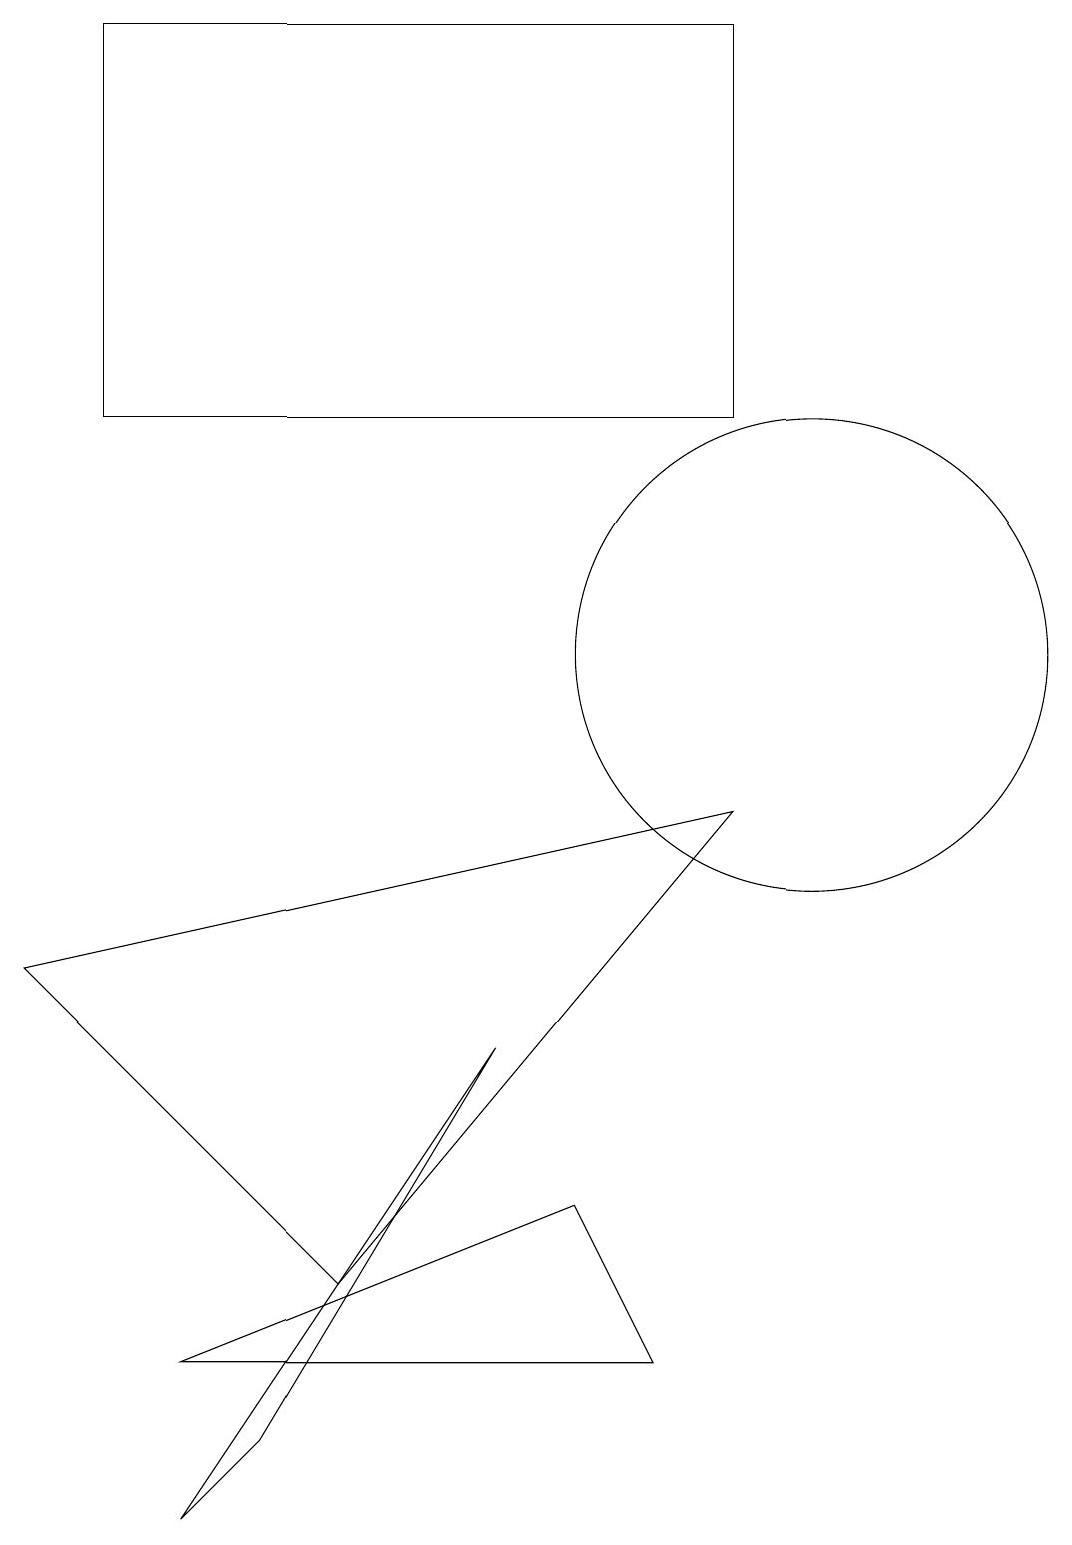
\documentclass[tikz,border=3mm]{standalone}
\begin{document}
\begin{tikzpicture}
\draw (0,7) -- (9,9) -- (4,3) -- cycle;
\draw (1,19) rectangle (9,14);
\draw (2,2) -- (7,4) -- (8,2) -- cycle;
\draw (3,1) -- (6,6) -- (2,0) -- cycle;
\draw (10,11) circle (3);
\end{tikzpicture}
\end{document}